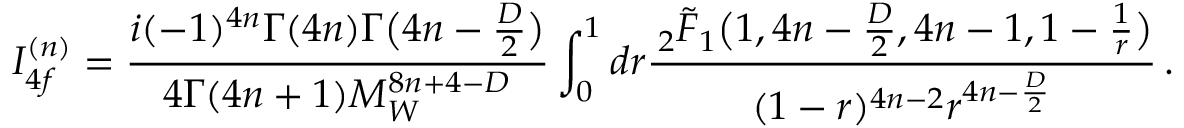
I _ { 4 f } ^ { ( n ) } = \frac { i ( - 1 ) ^ { 4 n } \Gamma ( 4 n ) \Gamma \big ( 4 n - \frac { D } { 2 } \big ) } { 4 \Gamma ( 4 n + 1 ) M _ { W } ^ { 8 n + 4 - D } } \int _ { 0 } ^ { 1 } d r \frac { \, _ { 2 } \tilde { F } _ { 1 } \big ( 1 , 4 n - \frac { D } { 2 } , 4 n - 1 , 1 - \frac { 1 } { r } \big ) } { ( 1 - r ) ^ { 4 n - 2 } r ^ { 4 n - \frac { D } { 2 } } } \, .